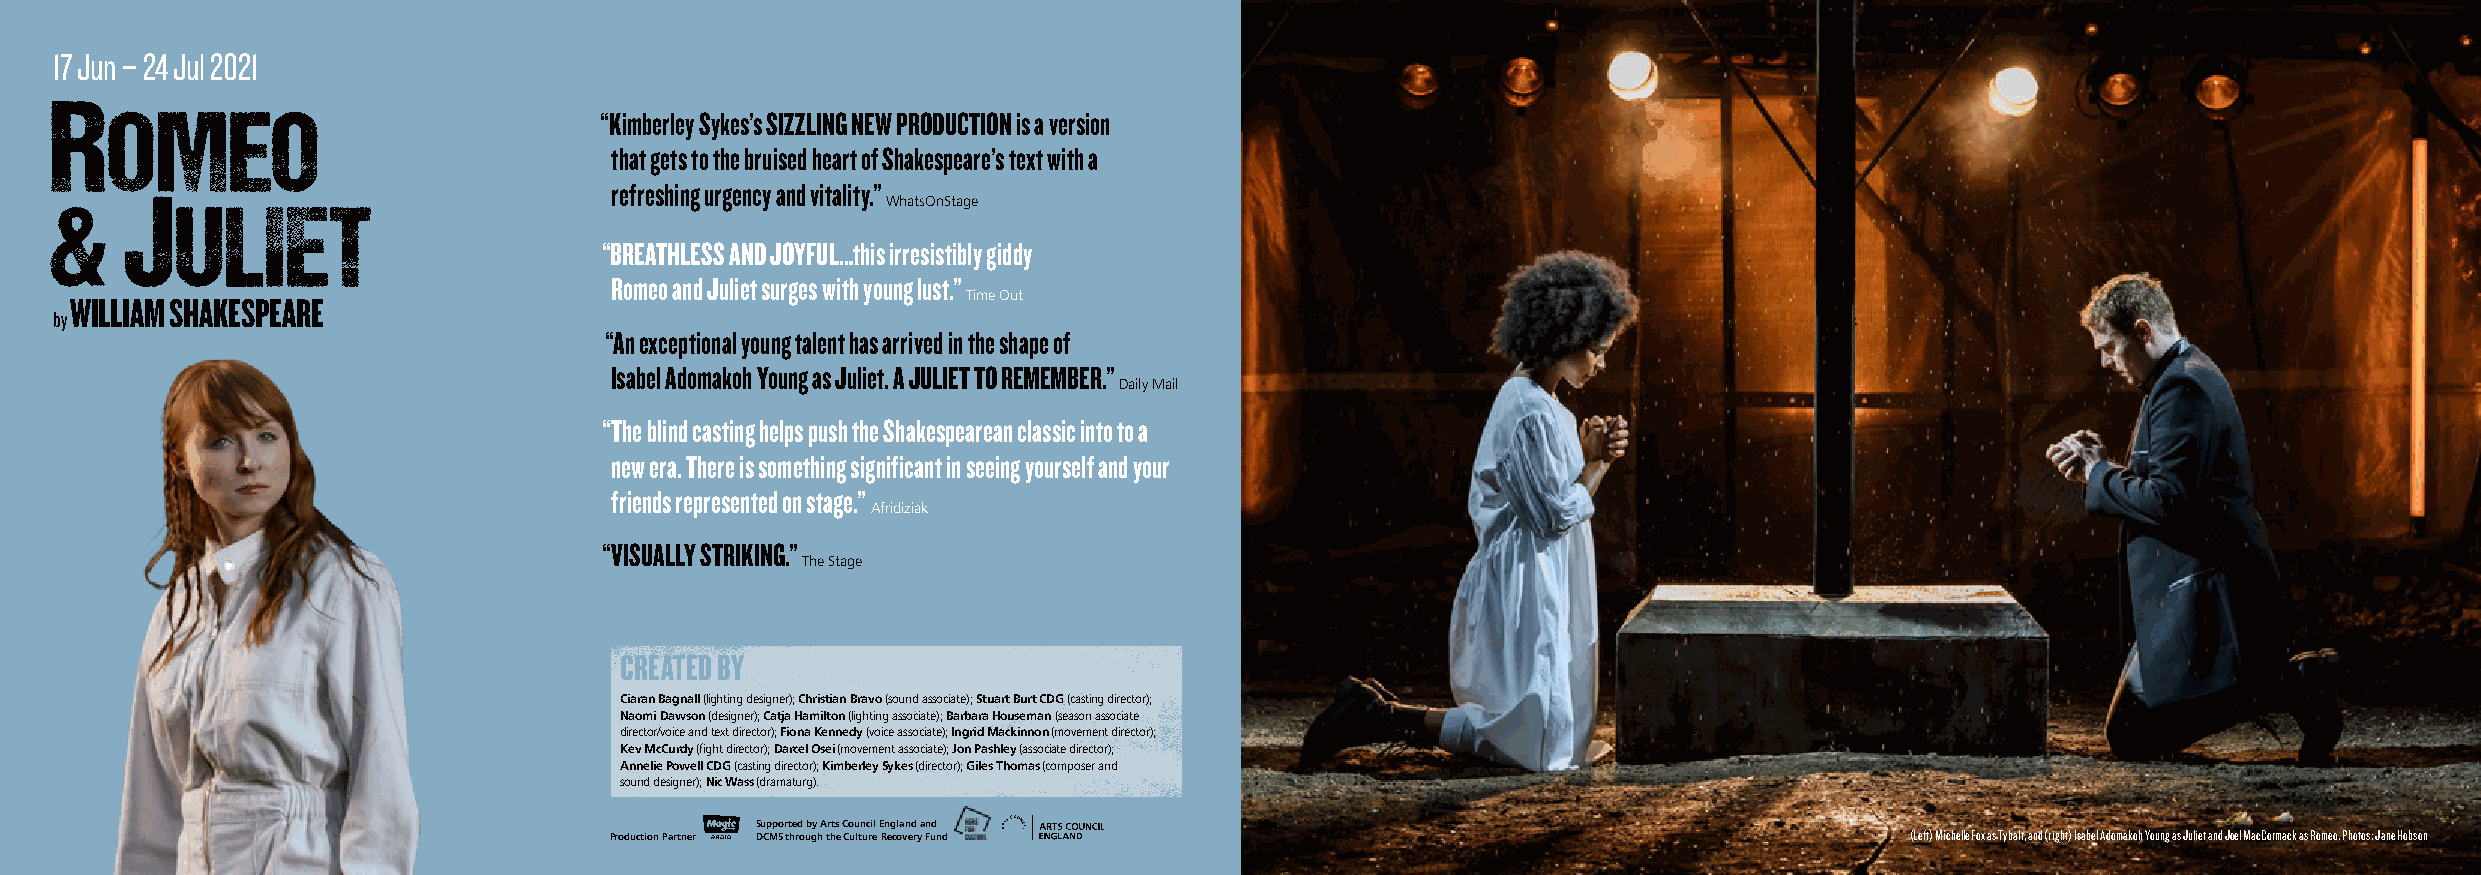
17 Jun – 24 Jul 2021
 “Kimberley Sykes’s SIZZLING NEW PRODUCTION is a version
 that gets to the bruised heart of Shakespeare’s text with a
 refreshing urgency and vitality.”
 WhatsOnStage
 “BREATHLESS AND JOYFUL…this irresistibly giddy
 Romeo and Juliet surges with young lust.”
 WILLIAM SHAKESPEARE                                        Time Out
 by
 “An exceptional young talent has arrived in the shape of
 Isabel Adomakoh Young as Juliet. A JULIET TO REMEMBER.”
 Daily Mail
 “ The blind casting helps push the Shakespearean classic into to a
 new era. There is something significant in seeing yourself and your
 friends represented on stage.”
 Afridiziak
 “VISUALLY STRIKING.”
 The Stage
 CREATED BY
 Ciaran Bagnall (lighting designer); Christian Bravo (sound associate); Stuart Burt CDG (casting director);
 Naomi Dawson (designer); Catja Hamilton (lighting associate); Barbara Houseman (season associate
 director/voice and text director); Fiona Kennedy (voice associate); Ingrid Mackinnon (movement director);
 Kev McCurdy (fight director); Darcel Osei (movement associate); Jon Pashley (associate director);
 Annelie Powell CDG (casting director); Kimberley Sykes (director); Giles Thomas (composer and
 sound designer); Nic Wass (dramaturg).
 Supported by Arts Council England and
 Production Partner DCMS through the Culture Recovery Fund                             (Left) Michelle Fox as Tybalt, and (right) Isabel Adomakoh Young as Juliet and Joel MacCormack as Romeo. Photos: Jane Hobson